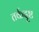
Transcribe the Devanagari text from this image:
तर्कदृष्ट